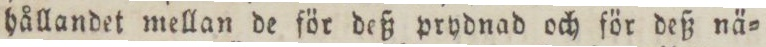
hållandet mellan de för deß prydnad och för deß nä=